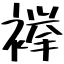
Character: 襷